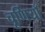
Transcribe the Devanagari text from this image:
चूर्णियाँ